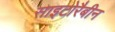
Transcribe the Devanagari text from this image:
साइटोरैबीन